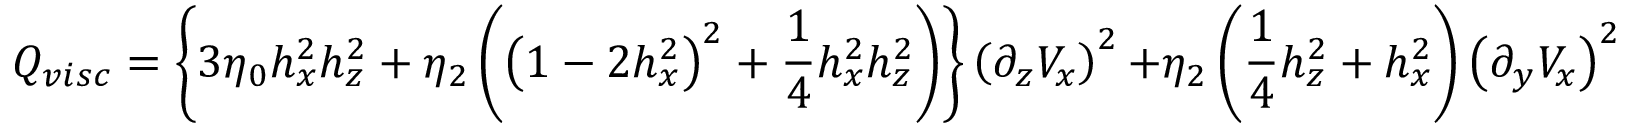
Q _ { v i s c } = \left\{ 3 \eta _ { 0 } h _ { x } ^ { 2 } h _ { z } ^ { 2 } + \eta _ { 2 } \left( \left( 1 - 2 h _ { x } ^ { 2 } \right) ^ { 2 } + \frac { 1 } { 4 } h _ { x } ^ { 2 } h _ { z } ^ { 2 } \right) \right\} \left( \partial _ { z } V _ { x } \right) ^ { 2 } \, + \eta _ { 2 } \left( \frac { 1 } { 4 } h _ { z } ^ { 2 } + h _ { x } ^ { 2 } \right) \left( \partial _ { y } V _ { x } \right) ^ { 2 } .